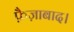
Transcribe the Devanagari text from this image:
फ़ैज़ाबाद।